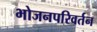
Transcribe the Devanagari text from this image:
भोजनपरिवर्तन